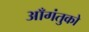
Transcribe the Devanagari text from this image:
आँगंतुको